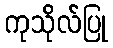
ကုသိုလ်ပြု